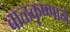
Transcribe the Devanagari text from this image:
बाळकृष्णाने